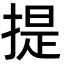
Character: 提